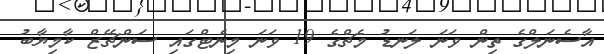
އާސެނަލްގެ ތިން ވަނަ ލަނޑު މެޗްގެ 19 ވަނަ މިނެޓްގައި ސަންޗޭޒް ކާމިޔާބު